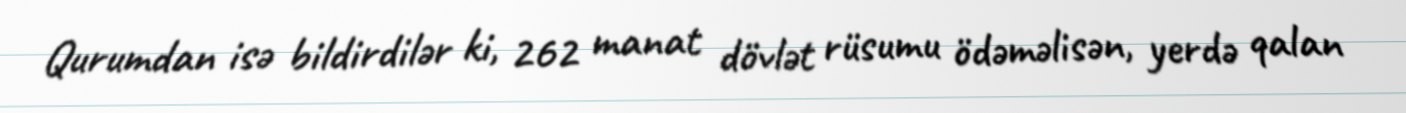
Qurumdan isə bildirdilər ki, 262 manat dövlət rüsumu ödəməlisən, yerdə qalan